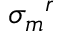
{ \sigma _ { m } } ^ { r }